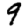
Digit: 9